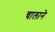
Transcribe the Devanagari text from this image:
चालाने